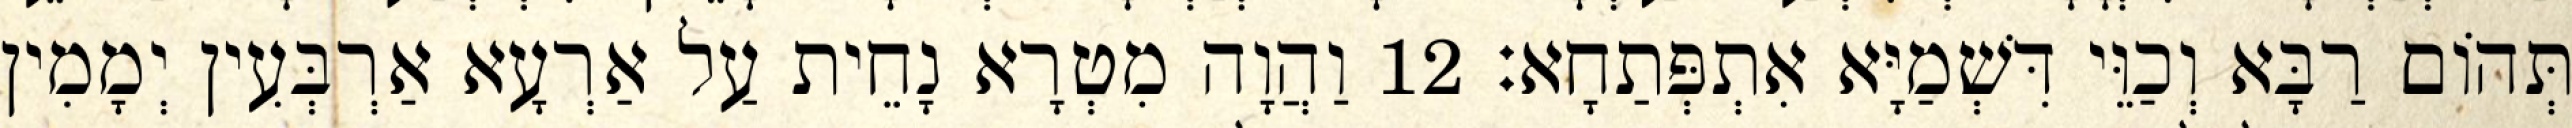
תְּהוֹם רַבָּא וְכַוֵּי דִּשְׁמַיָּא אִתְפְּתַחָא׃ 12 וַהֲוָה מִטְרָא נָחֵית עַל אַרְעָא אַרְבְּעִין יְמָמִין